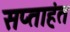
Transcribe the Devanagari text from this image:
सप्‍ताहंत